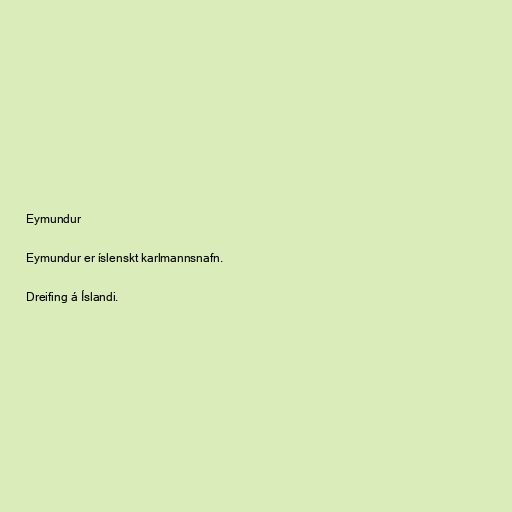
Eymundur

Eymundur er íslenskt karlmannsnafn.

Dreifing á Íslandi.